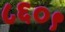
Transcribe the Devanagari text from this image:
८६०९